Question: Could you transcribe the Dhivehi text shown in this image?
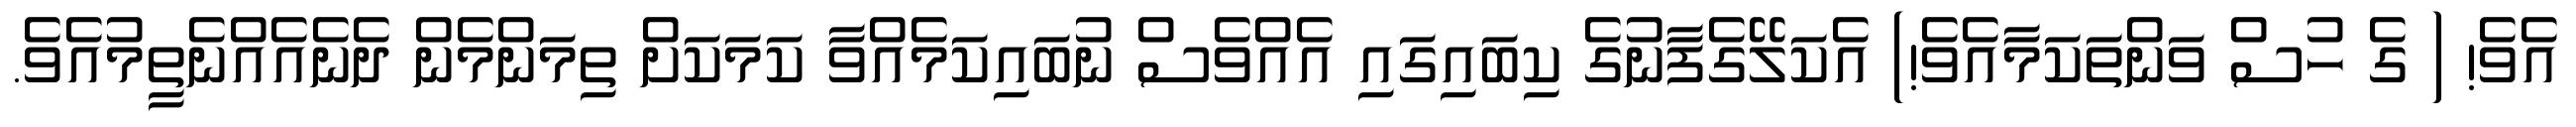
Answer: އެވެ! ( ގެ ހުސް ވަންތަކަމާއެވެ!) އެކަލޭގެފާނުގެ ކިބައިގައި އެއްވެސް ނުބައިކަމެއްވާ ކަމަކަށް ތިމަންމެން ދެނެއެއްނެތީމުއެވެ.